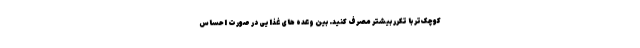
کوچک‌تر با تکرر بیشتر مصرف کنید. بین وعده های غذایی در صورت احساس